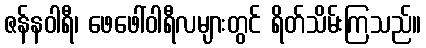
ဇန်နဝါရီ၊ ဖေဖေါ်ဝါရီလများတွင် ရိတ်သိမ်းကြသည်။